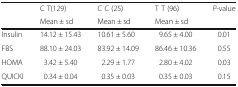
<table><thead><tr><td rowspan="2"></td><td><b>C T(129)</b></td><td><b>C C (25)</b></td><td><b>T T (96)</b></td><td rowspan="2"><b><i>P</i>-value</b></td></tr><tr><td><b>Mean ± sd</b></td><td><b>Mean ± sd</b></td><td><b>Mean ± sd</b></td></tr></thead><tbody><tr><td>Insulin</td><td>14.12 ± 15.43</td><td>10.61 ± 5.60</td><td>9.65 ± 4.00</td><td>0.01</td></tr><tr><td>FBS</td><td>88.10 ± 24.03</td><td>83.92 ± 14.09</td><td>86.46 ± 10.36</td><td>0.55</td></tr><tr><td>HOMA</td><td>3.42 ± 5.40</td><td>2.29 ± 1.77</td><td>2.80 ± 4.02</td><td>0.03</td></tr><tr><td>QUICKI</td><td>0.34 ± 0.04</td><td>0.35 ± 0.03</td><td>0.35 ± 0.03</td><td>0.15</td></tr></tbody></table>